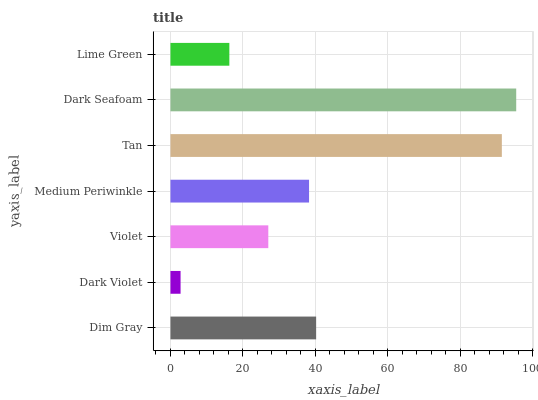
| yaxis_label | bars |
 | --- | --- |
 | Dim Gray | 40.2 |
 | Dark Violet | 2.79 |
 | Violet | 27 |
 | Medium Periwinkle | 38.3 |
 | Tan | 91.5 |
 | Dark Seafoam | 95.5 |
 | Lime Green | 16.3 |